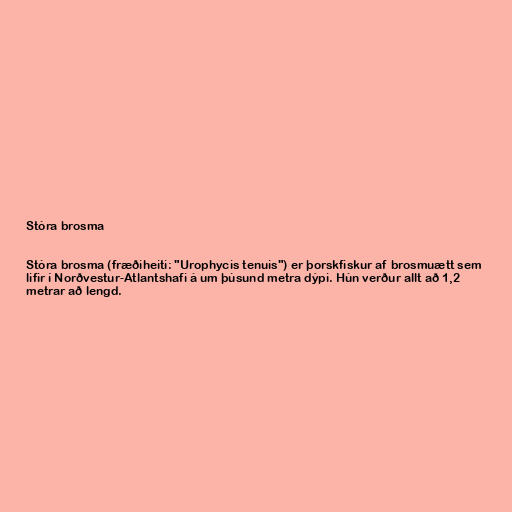
Stóra brosma

Stóra brosma (fræðiheiti: "Urophycis tenuis") er þorskfiskur af brosmuætt sem
lifir í Norðvestur-Atlantshafi á um þúsund metra dýpi. Hún verður allt að 1,2
metrar að lengd.